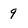
Character: 9